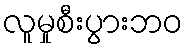
လူမှုစီးပွားဘဝ